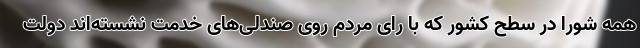
همه شورا در سطح کشور که با رای مردم روی صندلی‌های خدمت نشسته‌اند دولت